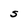
Character: S